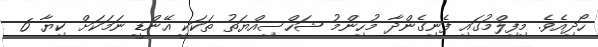
ހޯދިއެވެ. މިފިލްމުގައި ފެނިގެންދާ މުހިންމު ޝަހްސިއްޔަތު ތަކަކީ އޭންޑީ ނަމަކަށް ކިޔާ 6